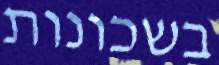
בשכונות